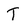
Character: T